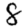
Digit: 8